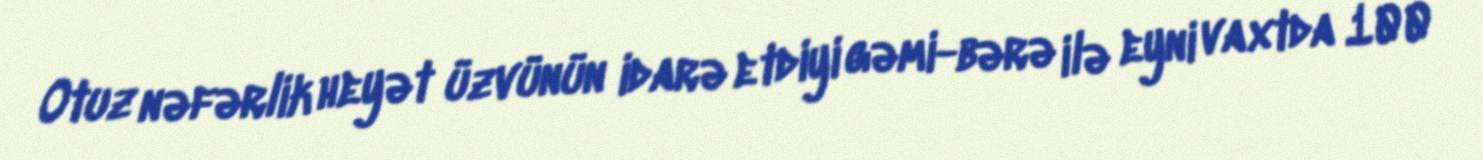
Otuz nəfərlik heyət üzvünün idarə etdiyi gəmi-bərə ilə eyni vaxtda 100